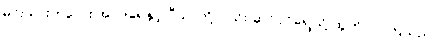
မင်းသားကလေး အင်ဒရေနှင့် ပီယာတို့လည်း ဆင်ဝင်ရှေ့သို့ ထွက်လာကြသည်။